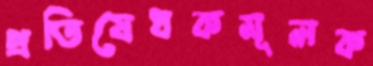
প্রতিষেধকমূলক